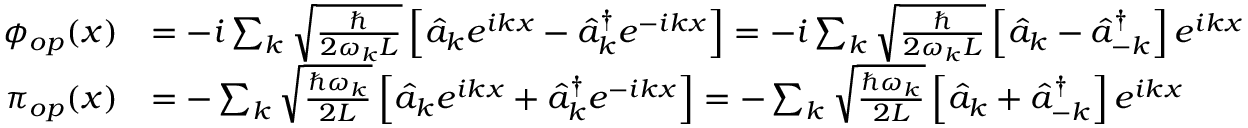
\begin{array} { r l } { \phi _ { o p } ( x ) } & { = - i \sum _ { k } \sqrt { \frac { \hbar } { 2 \omega _ { k } L } } \left[ \hat { a } _ { k } e ^ { i k x } - \hat { a } _ { k } ^ { \dagger } e ^ { - i k x } \right] = - i \sum _ { k } \sqrt { \frac { \hbar } { 2 \omega _ { k } L } } \left[ \hat { a } _ { k } - \hat { a } _ { - k } ^ { \dagger } \right] e ^ { i k x } } \\ { \pi _ { o p } ( x ) } & { = - \sum _ { k } \sqrt { \frac { \hbar \omega _ { k } } { 2 L } } \left[ \hat { a } _ { k } e ^ { i k x } + \hat { a } _ { k } ^ { \dagger } e ^ { - i k x } \right] = - \sum _ { k } \sqrt { \frac { \hbar \omega _ { k } } { 2 L } } \left[ \hat { a } _ { k } + \hat { a } _ { - k } ^ { \dagger } \right] e ^ { i k x } } \end{array}